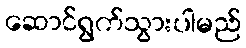
ဆောင်ရွက်သွားပါမည်